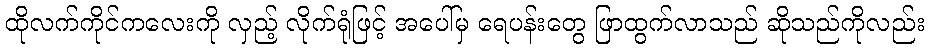
ထိုလက်ကိုင်ကလေးကို လှည့် လိုက်ရုံဖြင့် အပေါ်မှ ရေပန်းတွေ ဖြာထွက်လာသည် ဆိုသည်ကိုလည်း